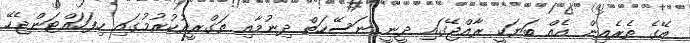
އޭގެ ތެރެއިން އެއް ބަޔަކީ ރާއްޖޭގައި ދީނީ ނަސޭހަތް ދިނުމާއި ތަގްރީރުކުރުމުގައި ހިފަހައްޓަންޖެހޭ